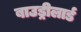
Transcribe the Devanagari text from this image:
बाउड्रीलार्ड